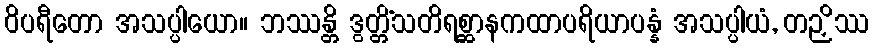
ဝိပရီတော အသပ္ပါယော။ ဘဿန္တိ ဒွတ္တိံသတိရစ္ဆာနကထာပရိယာပန္နံ အသပ္ပါယံ, တဉှိဿ